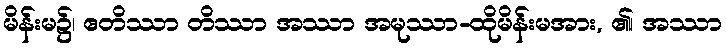
မိန်းမ၌၊ ဧတိဿာ တိဿာ အဿာ အမုဿာ-ထိုမိန်းမအား, ၏၊ အဿာ